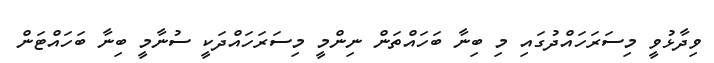
ވިދާޅުވީ މިސަރަހައްދުގައި މި ބިނާ ބަހައްތަން ނިންމީ މިސަރަހައްދަކީ ސުނާމީ ބިނާ ބަހައްޓަން